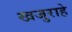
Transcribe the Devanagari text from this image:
खजुराहे